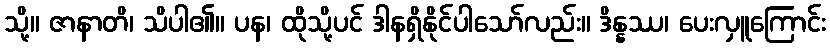
သို့။ ဇာနာတိ၊ သိပါ၏။ ပန၊ ထိုသို့ပင် ဒါနရှိနိုင်ပါသော်လည်း။ ဒိန္နဿ၊ ပေးလှူကြောင်း